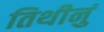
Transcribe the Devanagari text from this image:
तिथीनुं